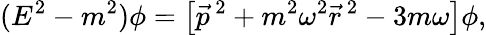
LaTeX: (E^{2}-m^{2})\phi=\left[\vec{p}^{\, 2}+m^{2}\omega^{2}\vec{r}^{\, 2}-3m\omega\right]\phi,